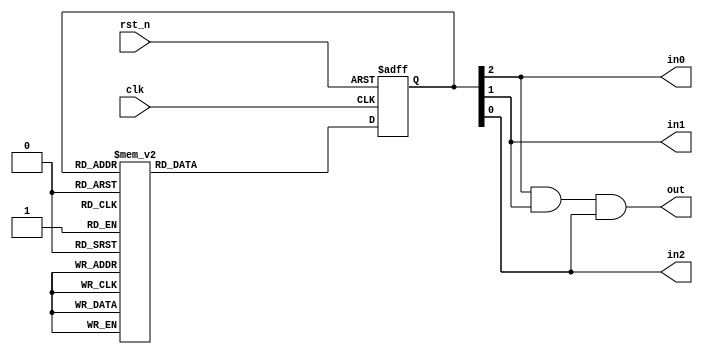
module moore(clk,rst_n,in0,in1,in2,out);
    input clk;
    input rst_n;
    output in0, in1, in2;
    output out;
    reg in0;
    reg in1;
    reg [2:0]c_state;
    reg [2:0]n_state;
    wire a,b,c;
    parameter s0 = 3'b000;
    parameter s1 = 3'b001;
    parameter s2 = 3'b010;
    parameter s3 = 3'b011;
    parameter s4 = 3'b100;
    parameter s5 = 3'b101;
    parameter s6 = 3'b110;
    parameter s7 = 3'b111;


    always @ (posedge clk or negedge rst_n)
        if (!rst_n)
            c_state <= 3'b000;
        else
            c_state <= n_state;

    always @(c_state or clk) begin
        case(c_state)
        s0:begin
            n_state = s1;
        end
        s1:begin
            n_state = s2;
        end
        s2:begin
            n_state = s3;
        end
        s3:begin
            n_state = s4;          
        end
        s4:begin
            n_state = s5;
        end
        s5:begin
            n_state = s6;
        end
        s6:begin
            n_state = s7;
        end
        s7:begin
            n_state = s0;
        end
        default:begin
            n_state = s0;
        end
        endcase
    end
    assign {a,b,c} = c_state;
    assign in0 = a;
    assign in1 = b;
    assign in2 = c;
    assign  out = a & b & c;
        
         
endmodule